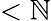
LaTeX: <\mathbb{N}